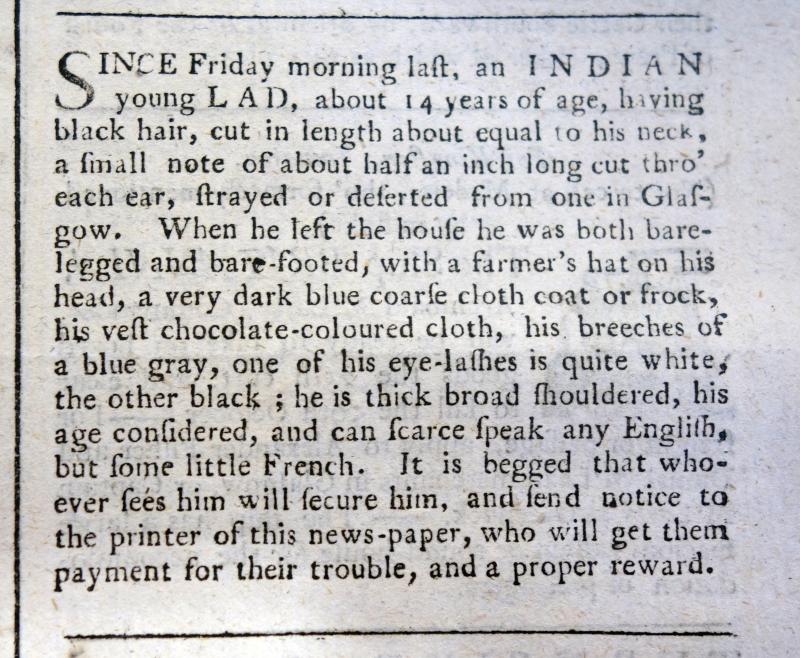
Edinburgh Evening Courant, 26 September 1764 (Scotland)
SINCE Friday morning Last, an INDIAN young LAD, about 14 years of age, having black hair, cut in length about equal to his neck, a small note of about half an inch long cut thro' each ear, strayed or deserted from one in Glasgow. When he left his house he was both bare-legged and bare-footed, with a farmer's hat on his head, a very dark blue coarse cloth coat or frock, his vest chocolate-coloured cloth, his breeches of a blue gray, one of his eye-lashes is quite white, the other black; he is thick broad shouldered, his age considered, and can scarce speak any English, but some little French. It is begged that whoever sees him will secure him, and send notice to the printer of this news-paper, who will get them payment for their trouble, and a proper reward.